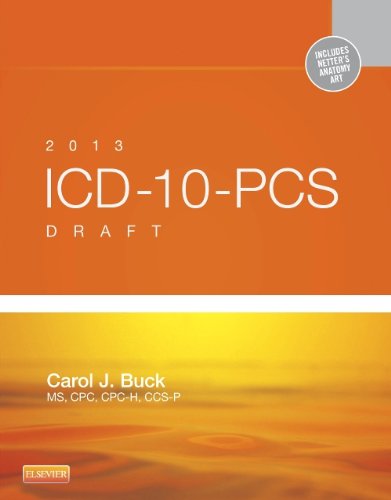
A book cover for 2013 ICD-10-PCS Draft Edition, 1e; Carol J. Buck MS  CPC  CCS-P; Medical Books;